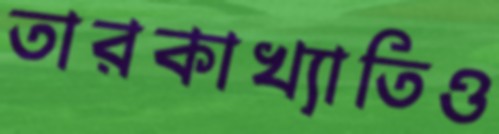
তারকাখ্যাতিও